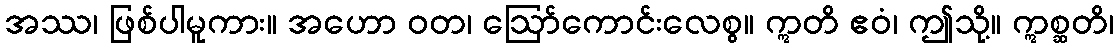
အဿ၊ ဖြစ်ပါမူကား။ အဟော ဝတ၊ ဩော်ကောင်းလေစွ။ ဣတိ ဧဝံ၊ ဤသို့။ ဣစ္ဆတိ၊